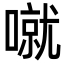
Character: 噈